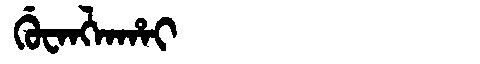
Manchu: ᡤᡠᠸᠠᠩᠯᠠᡥᠠᡳ
Romanization: GUWANGLAHAI